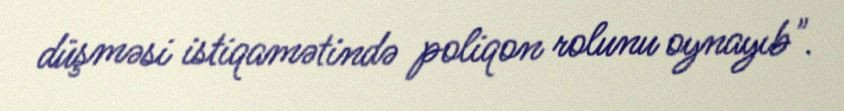
düşməsi istiqamətində poliqon rolunu oynayıb".